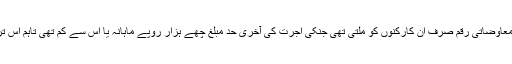
سن2007 میں کی گئی قانون کی ترمیم سے پہلے یہ معاوضاتی رقم صرف ان کارکنوں کو ملتی تھی جنکی اجرت کی آخری حد مبلغ چھے ہزار روپے ماہانہ یا اس سے کم تھی تاہم اس ترمیم کے بعد تمام کارکن یہ فائدہ حاصل کرسکتے ہیں۔